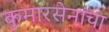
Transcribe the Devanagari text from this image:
कुमारसेनांचा